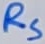
Text: RS